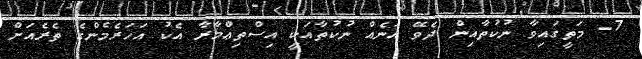
7- މަތީގައިވާ ނުކުތާއިން ދެވޭ އަނެއް ނުކުތާއަކީ އިސްތިޢްމާރާ އެކު އަހަރެމެންގެ ތެރެއަށް